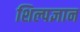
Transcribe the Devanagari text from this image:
शिल्पज्ञान